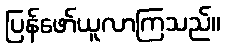
ပြန်ဖော်ယူလာကြသည်။